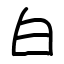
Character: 白